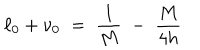
\ell _ { 0 } + \nu _ { 0 } \; = \; \frac { 1 } { M } \; - \; \frac { M } { 4 h }